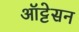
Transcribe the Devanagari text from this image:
ऑट्टेसन